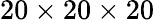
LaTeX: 20\times 20\times 20